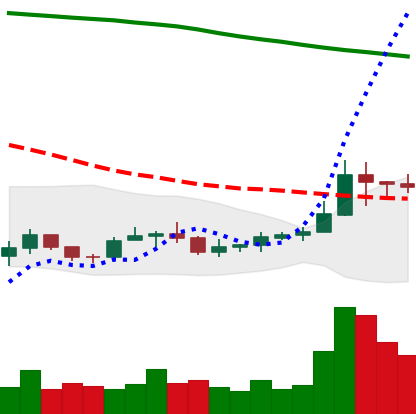
Ticker: ADA-USD
Chart end date: 2019-09-21
Forward return: -26.372%
Label: down_7plus